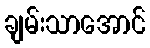
ချမ်းသာအောင်